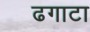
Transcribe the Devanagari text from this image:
ढगाटा